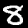
Label: 8